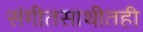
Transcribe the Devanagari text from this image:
संगीतसाथीतही